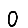
Digit: 0